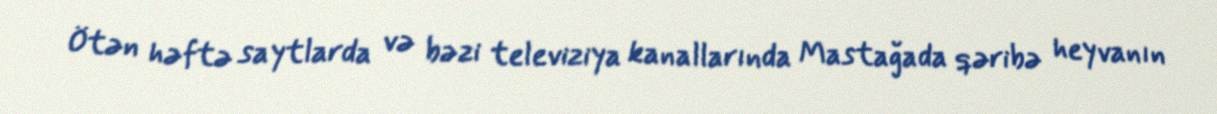
Ötən həftə saytlarda və bəzi televiziya kanallarında Mastağada qəribə heyvanın